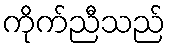
ကိုက်ညီသည်